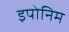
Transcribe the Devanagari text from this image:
इपोनिम